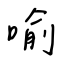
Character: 喻